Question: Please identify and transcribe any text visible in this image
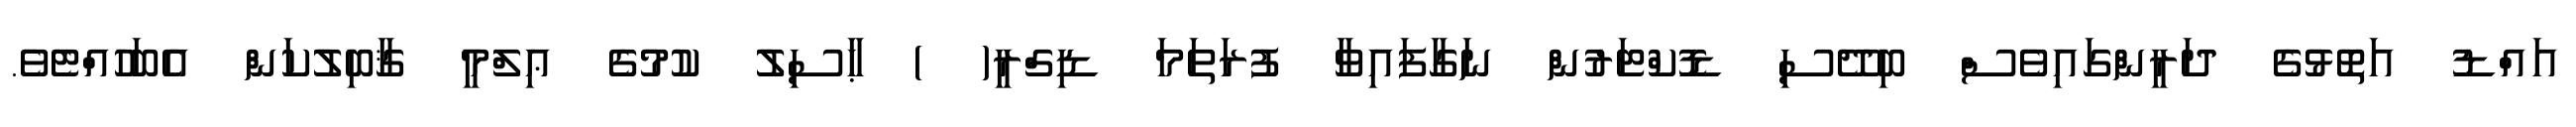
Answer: އައްޑު އަތޮޅުގެ ދަރީންގައިވެސް ބިދޭސި ޑޮކްޓަރުން ނަގާފައިވާ ފުރަތަމަ ޑިގްރީ( ) ޙާސިލު ކުމުގެ ޢިލްމީ ޤާބިލުކަން އެބަހުއްޓެވެ.